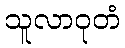
သူလာဝုတံ